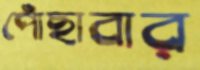
পোঁছাবার